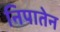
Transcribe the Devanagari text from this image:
निपातेन